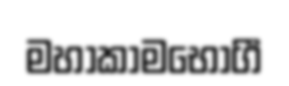
මහාකාමභෝගී